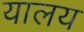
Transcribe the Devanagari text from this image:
यालय